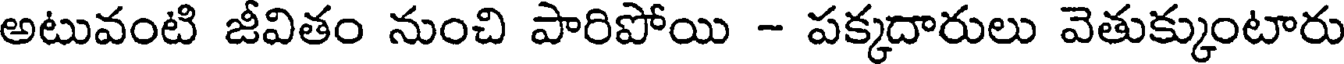
అటువంటి జీవితం నుంచి పారిపోయి - పక్కదారులు వెతుక్కుంటారు